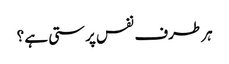
ہر طرف نفس پرستی ہے ؟